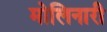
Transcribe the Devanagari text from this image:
मोलिनारी